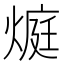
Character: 𭵬